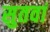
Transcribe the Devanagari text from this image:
सुतवां